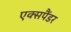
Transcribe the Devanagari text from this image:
एक्सपैंडर